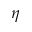
\eta